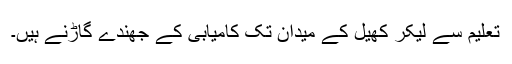
تعلیم سے لیکر کھیل کے میدان تک کامیابی کے جھندے گاڑنے ہیں۔